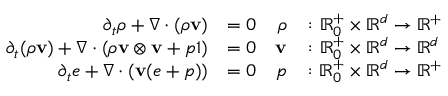
\begin{array} { r l r l } { \partial _ { t } \rho + \nabla \cdot ( \rho \mathbf v ) } & { = 0 } & { \rho } & { \colon \mathbb R _ { 0 } ^ { + } \times \mathbb R ^ { d } \to \mathbb R ^ { + } } \\ { \partial _ { t } ( \rho \mathbf v ) + \nabla \cdot ( \rho \mathbf v \otimes \mathbf v + p \mathbb { 1 } ) } & { = 0 } & { \mathbf v } & { \colon \mathbb R _ { 0 } ^ { + } \times \mathbb R ^ { d } \to \mathbb R ^ { d } } \\ { \partial _ { t } e + \nabla \cdot ( \mathbf v ( e + p ) ) } & { = 0 } & { p } & { \colon \mathbb R _ { 0 } ^ { + } \times \mathbb R ^ { d } \to \mathbb R ^ { + } } \end{array}